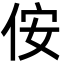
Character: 侒